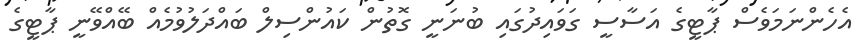
އެހެންނަމަވެސް ޕާޓީގެ އަސާސީ ގަވައިދުގައި ބުނަނީ ގޮތުން ކައުންސިލް ބައްދަލުވުމެއް ބޭއްވޭނީ ޕާޓީގެ